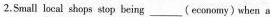
2.Small local shops stop being___ ( economy)when a